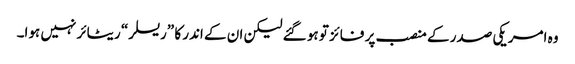
وہ امریکی صدر کے منصب پر فائز تو ہو گئے لیکن ان کے اندر کا ”ریسلر“ ریٹائر نہیں ہوا۔